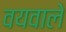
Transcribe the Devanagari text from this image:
वयवाले